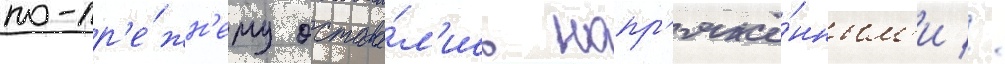
по-пр'е́жн'ему остава́л'ись напр'яжё́нным'и //